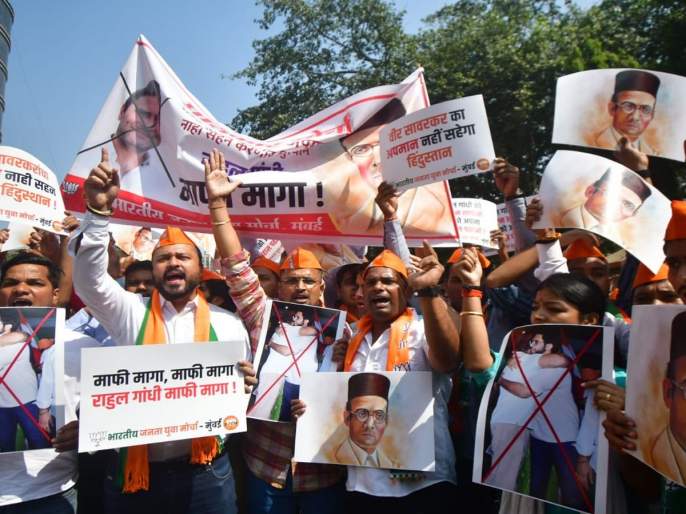
Language: marathi
Transcription: माफी मागा माफी मागा गांधी भारतीय सावरकर हिंदुस्तान सहेगा अपमान का माफी राहुल मागा